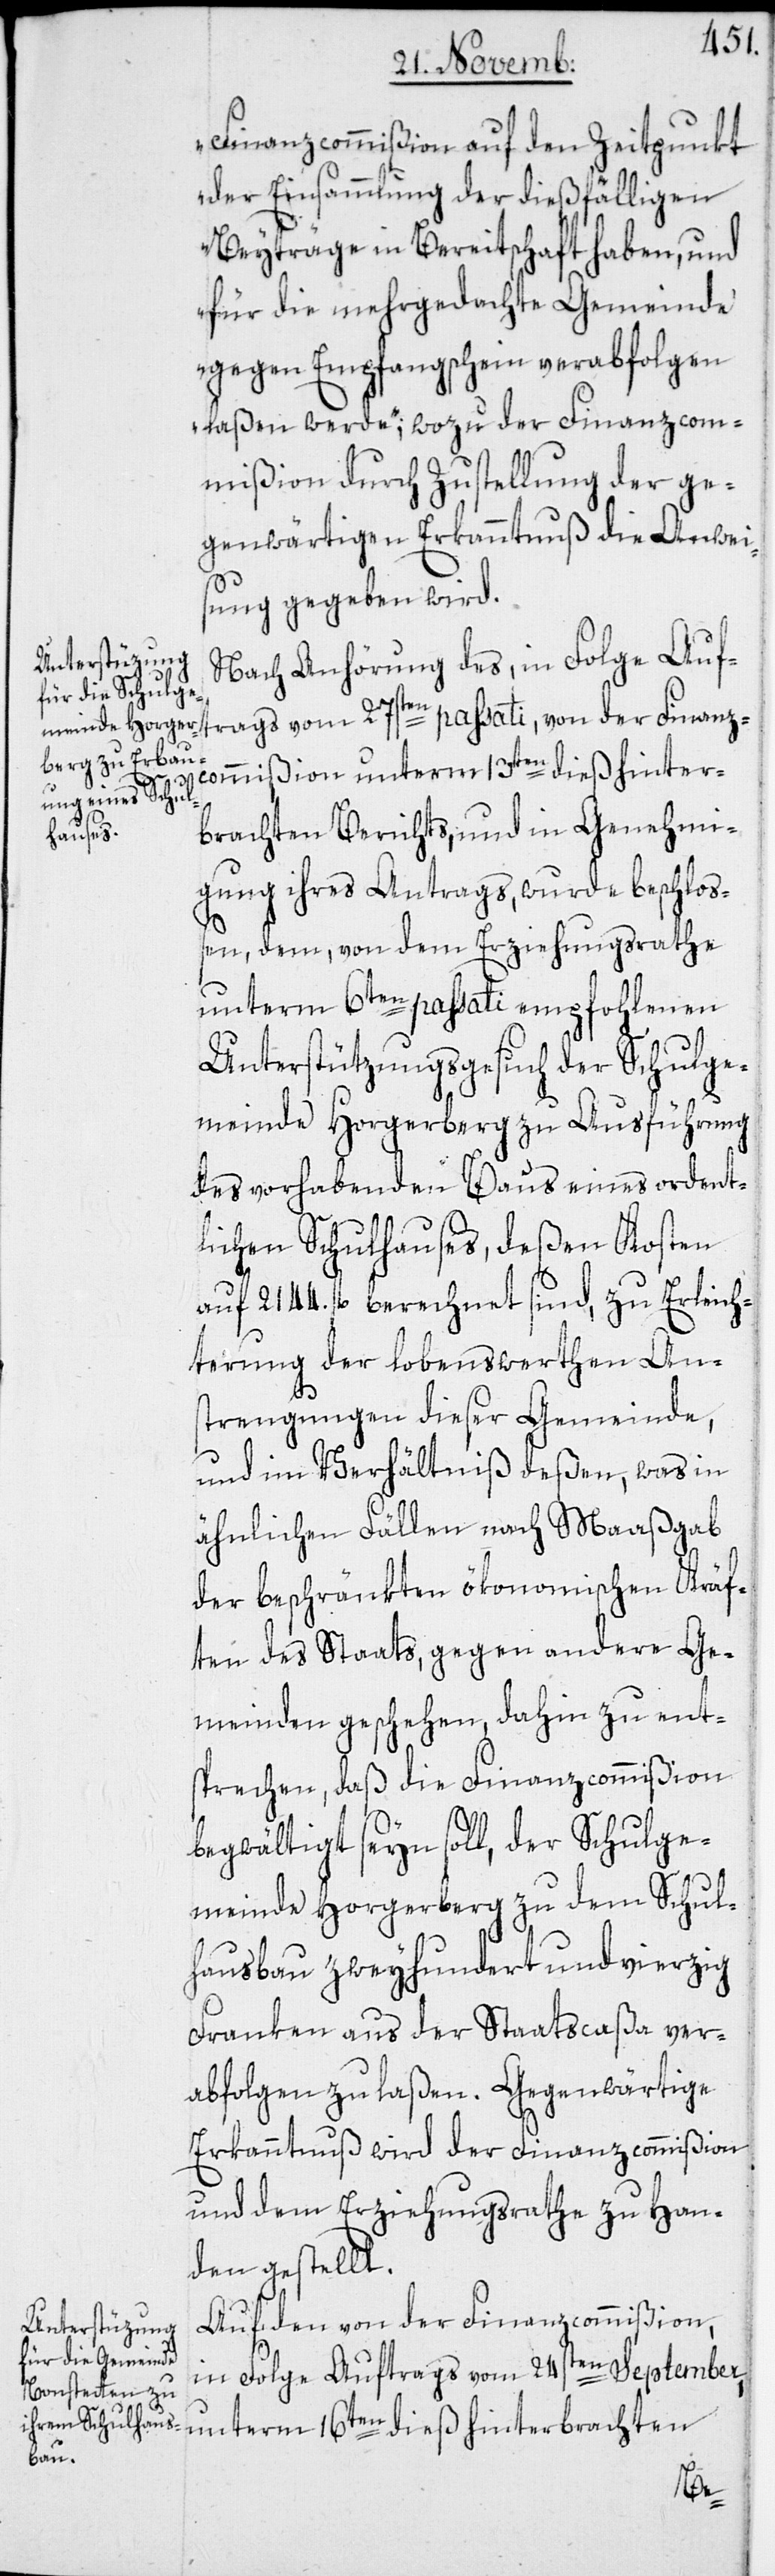
Finanzcommißion auf den Zeitpunkt
der Einsammlung der dießfälligen
Beyträge in Bereitschaft haben, und
für die mehrgedachte Gemeinde
gegen Empfangschein verabfolgen
laßen werde“; wozu der Finanzcom¬
mißion durch Zustellung der ge¬
genwärtigen Erkanntnuß die Anwei¬
sung gegeben wird.
Nach Anhörung des, in Folge Auf¬
der Finanzcommißion unterm 13ten dieß hinter¬
trags
brachten Berichts, und in Genehmi¬
gung ihres Antrags, wurde beschloß¬
en, dem, von dem Erziehungsrathe
unterm 6ten passati empfohlenen
Unterstützungsgesuch der Schulge¬
meinde Horgerberg zu Ausführung
des vorhabenden Baus eines ordent¬
lichen Schulhauses, deßen Kosten
auf 2144. fl. berechnet sind, zu Erleich¬
terung der lobenswerthen Ans¬
trengungen dieser Gemeinde,
und im Verhältniß deßen, was in
ähnlichen Fällen nach Maaßgab
der beschränkten ökonomischen Kräf¬
ten des Staats, gegen andere Ge¬
meinden geschehen, dahin zu ent¬
sprechen, daß die Finanzcommißion
begwältigt seyn soll, der Schulge¬
meinde Horgerberg zu dem Schul¬
hausbau zweyhundert und vierzig
Franken aus der Staatscaßa ver¬
abfolgen zu laßen. Gegenwärtige
Erkanntnuß wird der Finanzcommißion
und dem Erziehungsrathe zu Han¬
den gestellt.
Auf den von der Finanzcommißion,
in Folge Auftrags vom 24sten September,
unterm 16ten dieß hinterbrachten